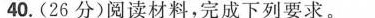
40.(26分)阅读材料，完成下列要求。